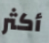
أكثر